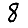
Digit: 8